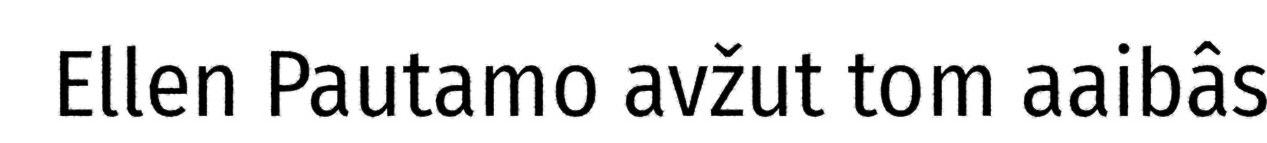
Ellen Pautamo avžut tom aaibâs